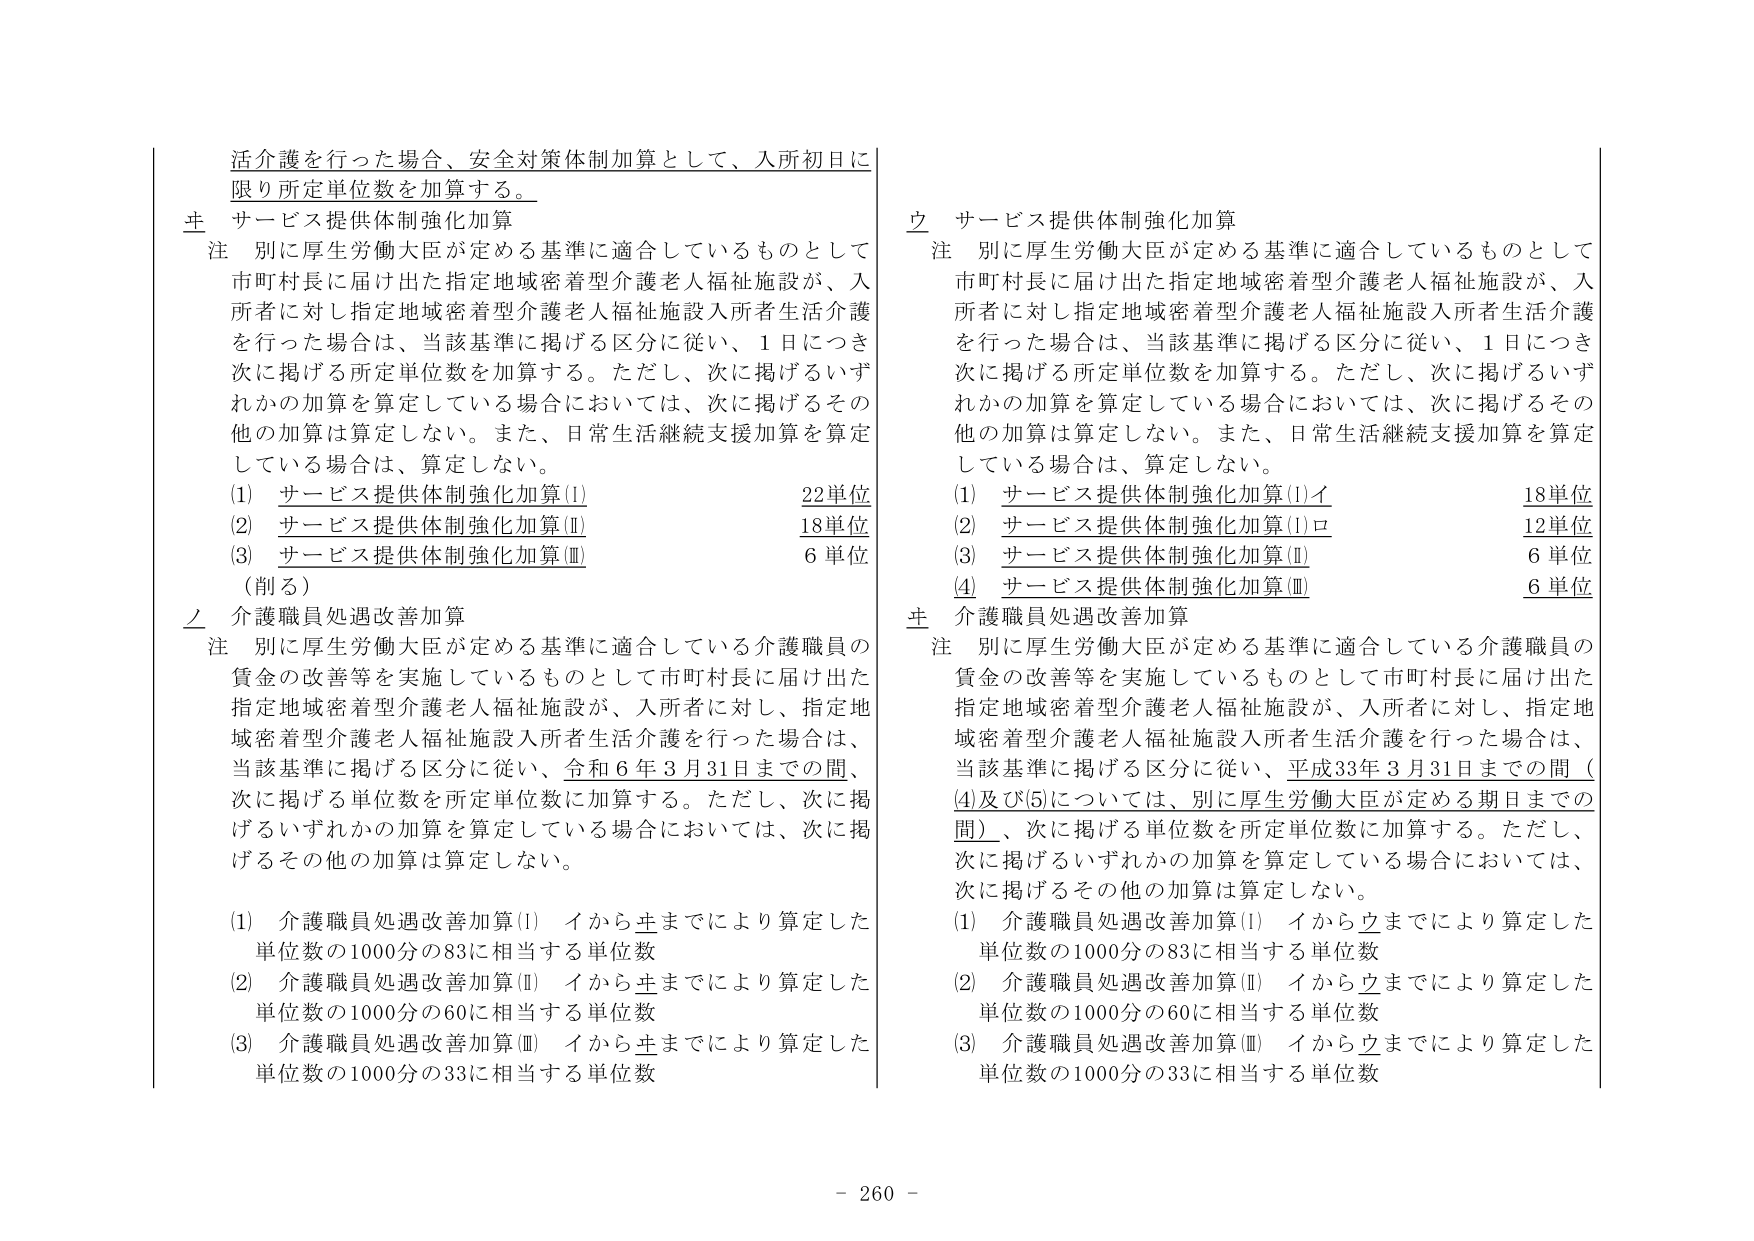
活介護を行った場合、安全対策体制加算として、入所初日に限り所定単位数を加算する。

主 サービス提供体制強化加算
注 別に厚生労働大臣が定める基準に適合しているものとして市町村長に届け出た指定地域密着型介護老人福祉施設が、入所者に対し指定地域密着型介護老人福祉施設入所者生活介護を行った場合は、当該基準に掲げる区分に従い、1日につき次に掲げる所定単位数を加算する。ただし、次に掲げるいずれかの加算を算定している場合においては、次に掲げるその他の加算は算定しない。また、日常生活継続支援加算を算定している場合は、算定しない。
(1) サービス提供体制強化加算(Ⅰ) 22単位
(2) サービス提供体制強化加算(Ⅱ) 18単位
(3) サービス提供体制強化加算(Ⅲ) 6単位
（削る）

立 介護職員処遇改善加算
注 別に厚生労働大臣が定める基準に適合している介護職員の賃金の改善等を実施しているものとして市町村長に届け出た指定地域密着型介護老人福祉施設が、入所者に対し、指定地域密着型介護老人福祉施設入所者生活介護を行った場合は、当該基準に掲げる区分に従い、令和6年3月31日までの間、次に掲げる単位数を所定単位数に加算する。ただし、次に掲げるいずれかの加算を算定している場合においては、次に掲げるその他の加算は算定しない。
(1) 介護職員処遇改善加算(Ⅰ) イから主までにより算定した単位数の1000分の83に相当する単位数
(2) 介護職員処遇改善加算(Ⅱ) イから主までにより算定した単位数の1000分の60に相当する単位数
(3) 介護職員処遇改善加算(Ⅲ) イから主までにより算定した単位数の1000分の33に相当する単位数

立 サービス提供体制強化加算
注 別に厚生労働大臣が定める基準に適合しているものとして市町村長に届け出た指定地域密着型介護老人福祉施設が、入所者に対し指定地域密着型介護老人福祉施設入所者生活介護を行った場合は、当該基準に掲げる区分に従い、1日につき次に掲げる所定単位数を加算する。ただし、次に掲げるいずれかの加算を算定している場合においては、次に掲げるその他の加算は算定しない。また、日常生活継続支援加算を算定している場合は、算定しない。
(1) サービス提供体制強化加算(Ⅰ)イ 18単位
(2) サービス提供体制強化加算(Ⅰ)ロ 12単位
(3) サービス提供体制強化加算(Ⅱ) 6単位
(4) サービス提供体制強化加算(Ⅲ) 6単位

主 介護職員処遇改善加算
注 別に厚生労働大臣が定める基準に適合している介護職員の賃金の改善等を実施しているものとして市町村長に届け出た指定地域密着型介護老人福祉施設が、入所者に対し、指定地域密着型介護老人福祉施設入所者生活介護を行った場合は、当該基準に掲げる区分に従い、平成33年3月31日までの間（(4)及び(5)については、別に厚生労働大臣が定める期日までの間）、次に掲げる単位数を所定単位数に加算する。ただし、次に掲げるいずれかの加算を算定している場合においては、次に掲げるその他の加算は算定しない。
(1) 介護職員処遇改善加算(Ⅰ) イから立までにより算定した単位数の1000分の83に相当する単位数
(2) 介護職員処遇改善加算(Ⅱ) イから立までにより算定した単位数の1000分の60に相当する単位数
(3) 介護職員処遇改善加算(Ⅲ) イから立までにより算定した単位数の1000分の33に相当する単位数

- 260 -